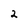
Character: 2